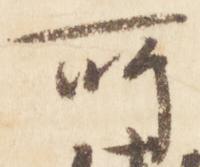
所